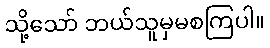
သို့သော် ဘယ်သူမှမစကြပါ။